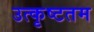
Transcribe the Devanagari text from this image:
उत्‍कृष्‍टतम